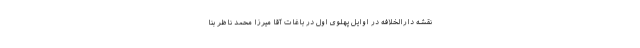
نقشه دارالخلافه در اوایل پهلوی اول در باغات آقا میرزا محمد ناظر بنا